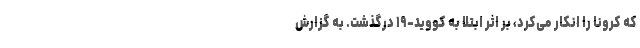
که کرونا را انکار می‌کرد، بر اثر ابتلا به کووید-۱۹ درگذشت. به گزارش